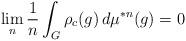
LaTeX: \begin{align*}\lim_{n} \frac{1}{n} \int_G \rho_c(g) \, d\mu^{*n}(g) = 0\end{align*}